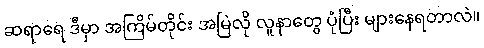
ဆရာရေ ဒီမှာ အကြိမ်တိုင်း အမြဲလို လူနာတွေ ပုံပြီး များနေရတာလဲ။